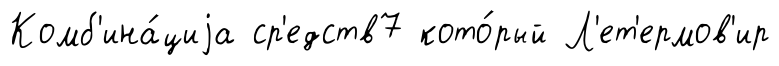
Комб'ина́циjа ср'едств7 кото́рый Л'ет'ермов'ир